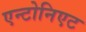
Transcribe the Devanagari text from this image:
एन्टोनिएट